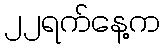
၂၂ရက်နေ့က